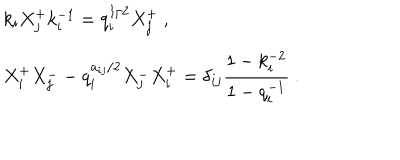
LaTeX: \begin{array} { r c l } { { } } & { { } } & { { k _ { i } X _ { j } ^ { + } k _ { i } ^ { - 1 } = q _ { i } ^ { 1 / 2 } X _ { j } ^ { + } ~ , } } \\ { { } } & { { } } & { { X _ { i } ^ { + } X _ { j } ^ { - } - q _ { i } ^ { a _ { i j } / 2 } X _ { j } ^ { - } X _ { i } ^ { + } = \delta _ { i j } \displaystyle \frac { 1 - k _ { i } ^ { - 2 } } { 1 - q _ { i } ^ { - 1 } } ~ . } } \\ \end{array}